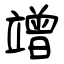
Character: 竲